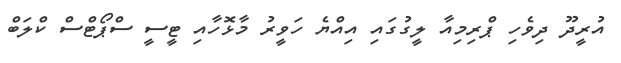
އުރީދޫ ދިވެހި ޕްރިމިއާ ލީގުގައި އިއްޔެ ހަވީރު މާޅޮހާއި ޓީސީ ސްޕޯޓްސް ކްލަބް